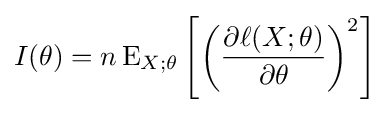
I(\theta )=n\operatorname {E} _{X;\theta }\left[\left({\frac {\partial \ell (X;\theta )}{\partial \theta }}\right)^{2}\right]